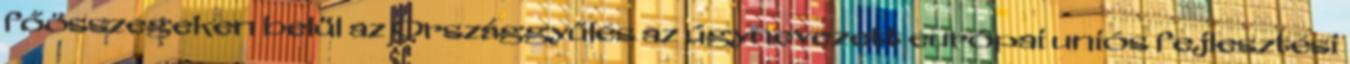
főösszegeken belül az Országgyűlés az úgynevezett európai uniós fejlesztési